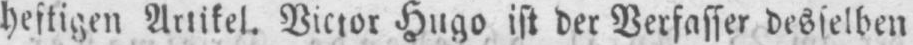
heftigen Artikel. Victor Hugo ist der Verfasser desselben